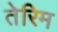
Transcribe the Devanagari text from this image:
तेरिम